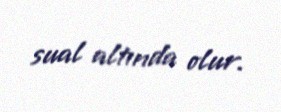
sual altında olur.